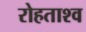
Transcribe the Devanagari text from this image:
रोहताश्व